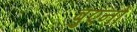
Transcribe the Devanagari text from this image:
बुएनो